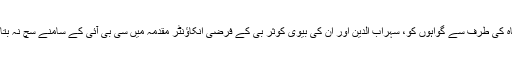
احمد آباد ضلع کوآپریٹیو بینک کے سابق ڈائرکٹر، چوڈاسما پر 2010 میں سی بی آئی نے امت شاہ کی طرف سے گواہوں کو، سہراب الدین اور ان کی بیوی کوثر بی کے فرضی انکاؤنٹر مقدمہ میں سی بی آئی کے سامنے سچ نہ بتانے کے لئے منانے، ڈرانے اور دھمکانے کی کوشش کرنے کے لئے چارج شیٹ داخل کی تھی۔